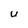
Character: U